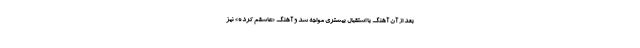
بعد از آن آهنگ با استقبال بیشتری مواجه شد و آهنگ «عاشقم کرده» نیز